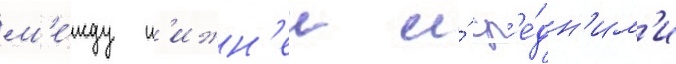
м'е́жду н'ижн'еи и́ ср'е́дн'им'и